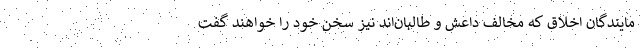
مایندگان اخلاق که مخالف داعش و طالبان‌اند نیز سخن خود را خواهند گفت